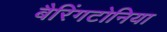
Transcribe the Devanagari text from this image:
बैरिंगटोनिया